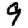
Digit: 9